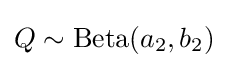
Q\sim {\text{Beta}}(a_{2},b_{2})